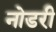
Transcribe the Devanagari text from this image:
नोडरी